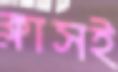
ক্লাসই